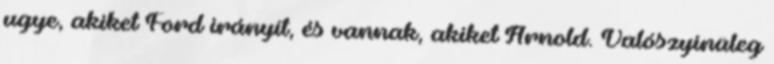
ugye, akiket Ford irányít, és vannak, akiket Arnold. Valószyínüleg